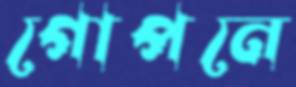
গোপনে